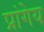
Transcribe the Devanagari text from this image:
प्रांगेय